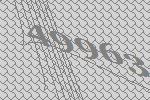
49963